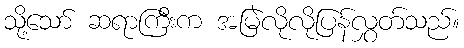
သို့သော် ဆရာကြီးက အမြဲလိုလိုပြန်လွှတ်သည်။